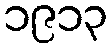
၁၉၁၃